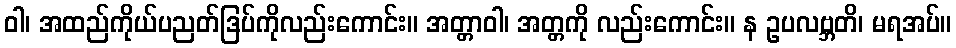
ဝါ၊ အထည်ကိုယ်ပညတ်ဒြပ်ကိုလည်းကောင်း။ အတ္တာဝါ၊ အတ္တကို လည်းကောင်း။ န ဥပလဗ္ဘတိ၊ မရအပ်။